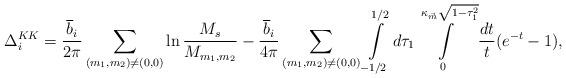
LaTeX: \begin{align*}\Delta_{i}^{KK}=\frac{{\overline{b}_{i}}}{2\pi }\sum_{(m_{1},m_{2})\not=(0,0)}^{{}}\ln \frac{M_{s}}{M_{m_1,m_2}}-\frac{{\overline{b}_{i}}}{4\pi }\sum_{(m_{1},m_{2})\not=(0,0)}^{{}}\int\limits_{-1/2}^{1/2}d\tau_{1}\int\limits_{0}^{\kappa _{\vec{m}}\sqrt{1-\tau _{1}^{2}}}\frac{dt}{t}(e^{-t}-1), \end{align*}